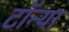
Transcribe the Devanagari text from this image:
टॉन्या